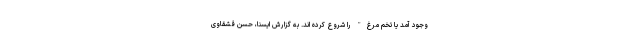
وجود آمد یا تخم مرغ" را شروع کرده اند. به گزارش ایسنا، حسن قشقاوی